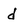
Character: d